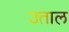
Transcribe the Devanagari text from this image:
उताल